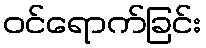
ဝင်ရောက်ခြင်း